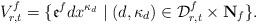
LaTeX: \begin{align*} V_{r,t}^f=\{ \mathfrak e^f d x^{\kappa_d}\mid (d, \kappa_d) \in \mathcal {D}_{r,t}^f\times \mathbf N_f \}.\end{align*}